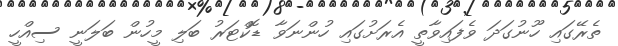
ތެރޭގައި ހޫނުގަދަ ވެފައިވާތީ އެރަށުގައި ހުންނަވާ ޑޮކްޓަރު ބަލި މީހުން ބަލަނީ ސިއްހީ